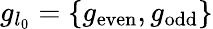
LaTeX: g_{l_{0}}=\{ g_{\mathrm{even}},g_{\mathrm{odd}}\}